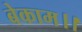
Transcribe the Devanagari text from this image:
बेकाम।।